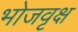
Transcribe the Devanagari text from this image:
भोजवृक्ष